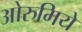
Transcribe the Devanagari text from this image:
ओरुमिये